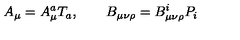
A _ { \mu } = A _ { \mu } ^ { a } T _ { a } , \qquad B _ { \mu \nu \rho } = B _ { \mu \nu \rho } ^ { i } P _ { i }